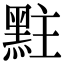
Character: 𪐴